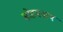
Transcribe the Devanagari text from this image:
सोहमनाथ